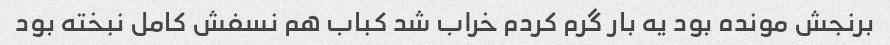
برنجش مونده بود یه بار گرم کردم خراب شد کباب هم نسفش کامل نبخته بود